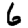
Digit: 6